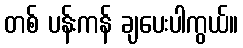
တစ် ပန်းကန် ချပေးပါကွယ်။